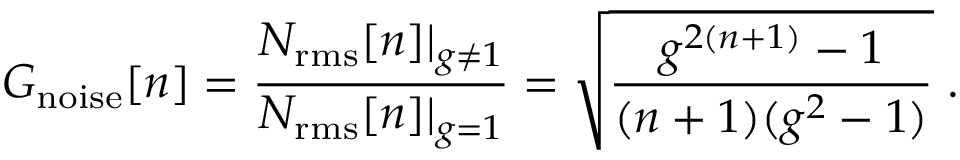
G _ { \mathrm { n o i s e } } [ n ] = \frac { N _ { \mathrm { r m s } } [ n ] | _ { g \neq 1 } } { N _ { \mathrm { r m s } } [ n ] | _ { g = 1 } } = \sqrt { \frac { g ^ { 2 ( n + 1 ) } - 1 } { ( n + 1 ) ( g ^ { 2 } - 1 ) } } \; .